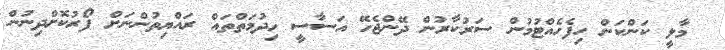
މާލީ ކަންކަން ހިފެހެއްޓުމުން ސަރުކާރުން ދޭންޖެހޭ އަސާސީ ހިދުމަތްތައް ރައްޔިތުންނަށް ފޯރުކޮށްދިނުން